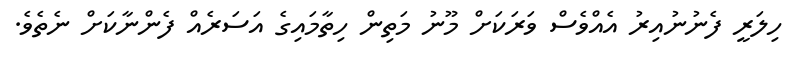
ހިލަރީ ފެނުނުއިރު އެއްވެސް ވަރަކަށް މޫނު މަތިން ހިތާމައިގެ އަސަރެއް ފެންނާކަށް ނެތެވެ.